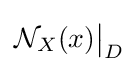
{\mathcal {N}}_{X}(x){\big \vert }_{D}